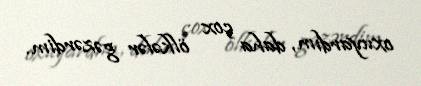
oxuyardım, daha çox ölkələr gəzərdim.